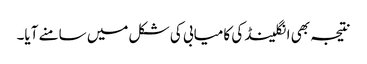
نتیجہ بھی انگلینڈ کی کامیابی کی شکل میں سامنے آیا۔